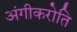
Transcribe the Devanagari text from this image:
अंगीकरोति